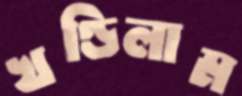
খণ্ডিলাম